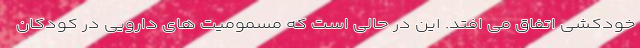
خودکشی اتفاق می افتد. این در حالی است که مسمومیت های دارویی در کودکان